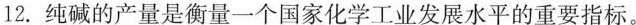
12.纯碱的产量是衡量一个国家化学工业发展水平的重要指标。